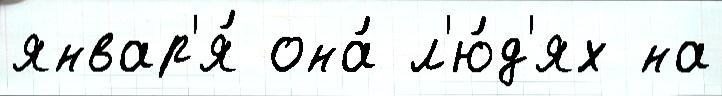
январ'я́ она́ л'ю́д'ях на